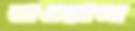
বাওয়াল